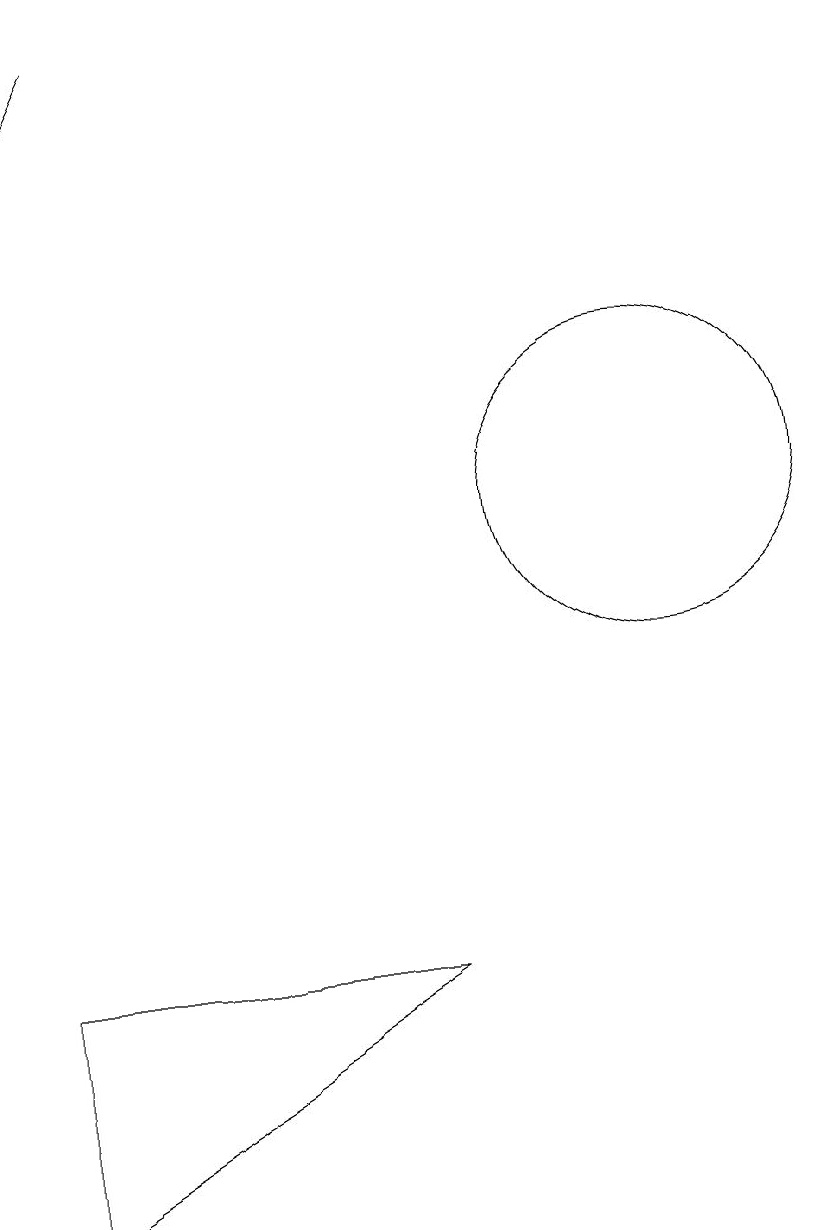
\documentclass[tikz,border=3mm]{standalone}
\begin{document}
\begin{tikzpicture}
\draw (2,6) -- (2,3) -- (7,6) -- cycle;
\draw (10,12) circle (2);
\draw[->] (3,18) -- (2,16);
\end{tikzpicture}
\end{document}